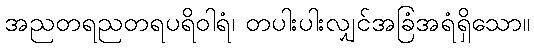
အညတရညတရပရိဝါရံ၊ တပါးပါးလျှင်အခြံအရံရှိသော။